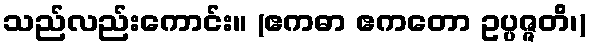
သည်လည်းကောင်း။ (ဧကဓာ ဧကတော ဥပ္ပဇ္ဇတိ၊)